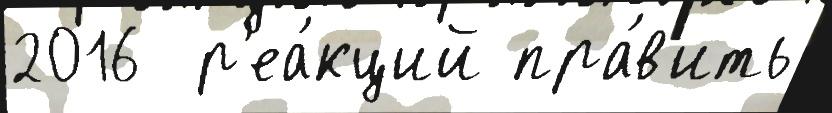
2016  р'еа́кций пра́в'ить